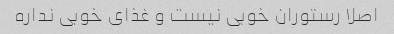
اصلا رستوران خوبی نیست و غذای خوبی نداره